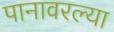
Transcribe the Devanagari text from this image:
पानावरल्या